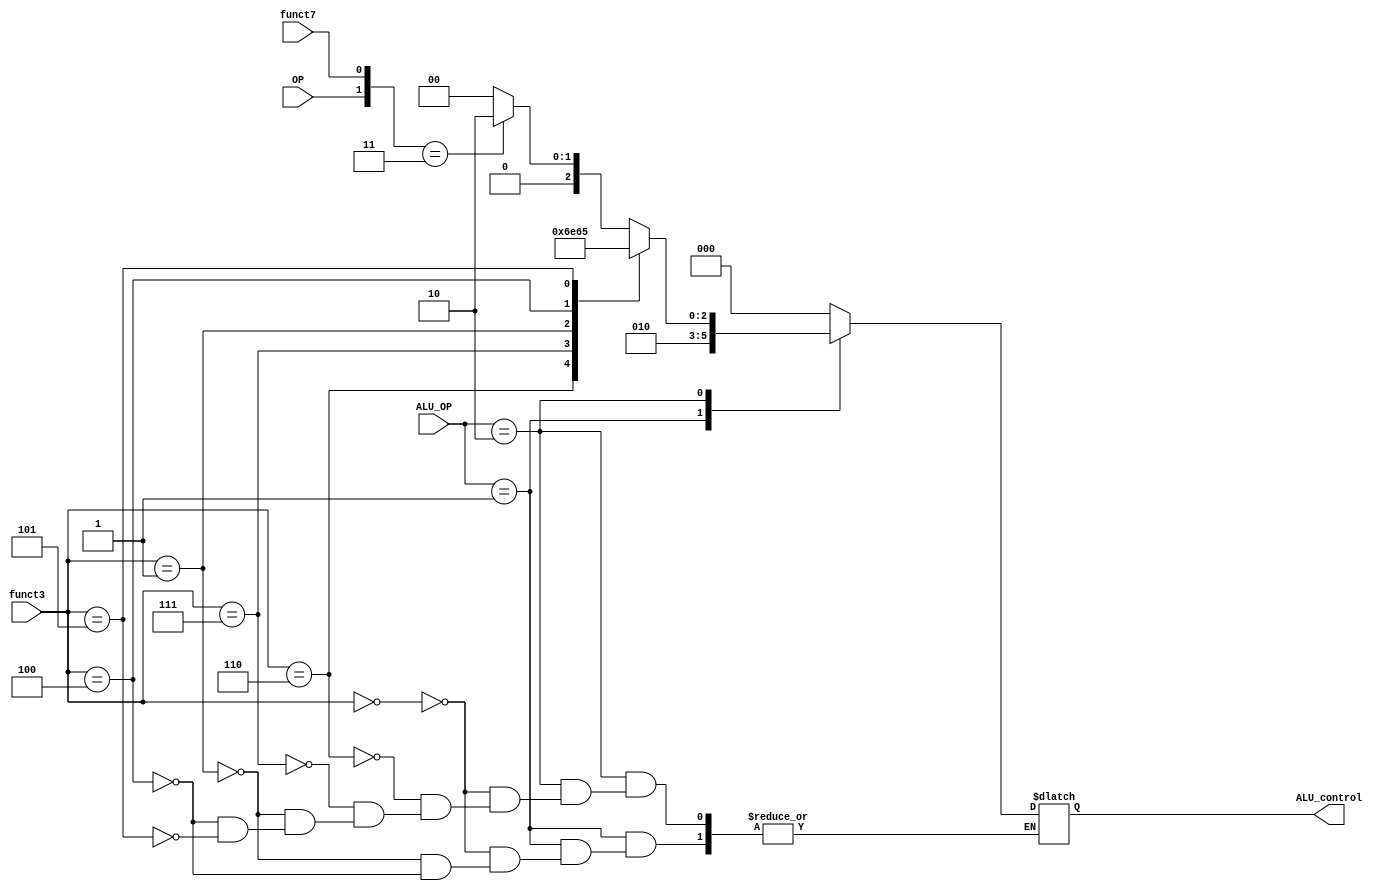
module ALU_decoder(
input wire  OP,
input wire [1:0] ALU_OP,
input wire [2:0] funct3,
input wire funct7,
output reg [2:0] ALU_control);
always @(*)
begin
case(ALU_OP)
2'b00:
begin
	ALU_control=3'b000; //for load and store instructions 
end
2'b01:             //for branch instructions beq and bnq
begin
  case(funct3)
   	3'b000:begin
			   ALU_control=3'b010; //subtract
		   end
	3'b001:begin
			   ALU_control=3'b010; //subtract
		    end
	3'b100:begin
			   ALU_control=3'b010; //less than
	       end
	endcase		 
	
end
2'b10:
begin
 case(funct3)
 3'b000: 
 begin
  if({OP,funct7}==2'b11)
    begin
   	ALU_control=3'b010;
    end
   else
    begin
		ALU_control=3'b000;
    end
 end
 3'b110:
 begin
 ALU_control=3'b110;
 end
 3'b111:
 begin
 ALU_control=3'b111;
 end
 3'b001:
 begin
 ALU_control=3'b001;
 end
 3'b100:
 begin
 ALU_control=3'b100;
 end
 3'b101:
 begin
 ALU_control=3'b101;
 end
endcase
end
default:
begin
ALU_control=3'b000;
end
endcase
end
endmodule